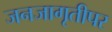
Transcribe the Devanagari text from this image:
जनजागृतीपर